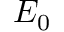
E _ { 0 }